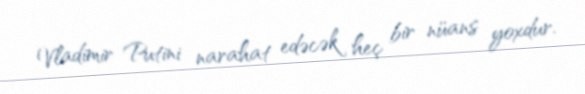
Vladimir Putini narahat edəcək heç bir nüans yoxdur.